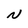
Character: N